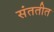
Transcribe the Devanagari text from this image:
संततीत